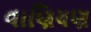
વાણિયણ